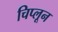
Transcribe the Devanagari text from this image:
चिप्लून